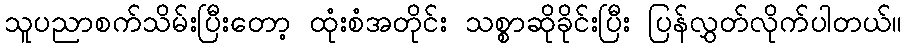
သူပညာစက်သိမ်းပြီးတော့ ထုံးစံအတိုင်း သစ္စာဆိုခိုင်းပြီး ပြန်လွှတ်လိုက်ပါတယ်။